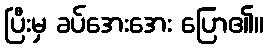
ပြီးမှ ခပ်အေးအေး ပြော၏။